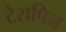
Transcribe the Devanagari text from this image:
टेरापिन